Lunatic asylums in Bengal annual reports 1912-1924 - 1912-1924
Year: 1912
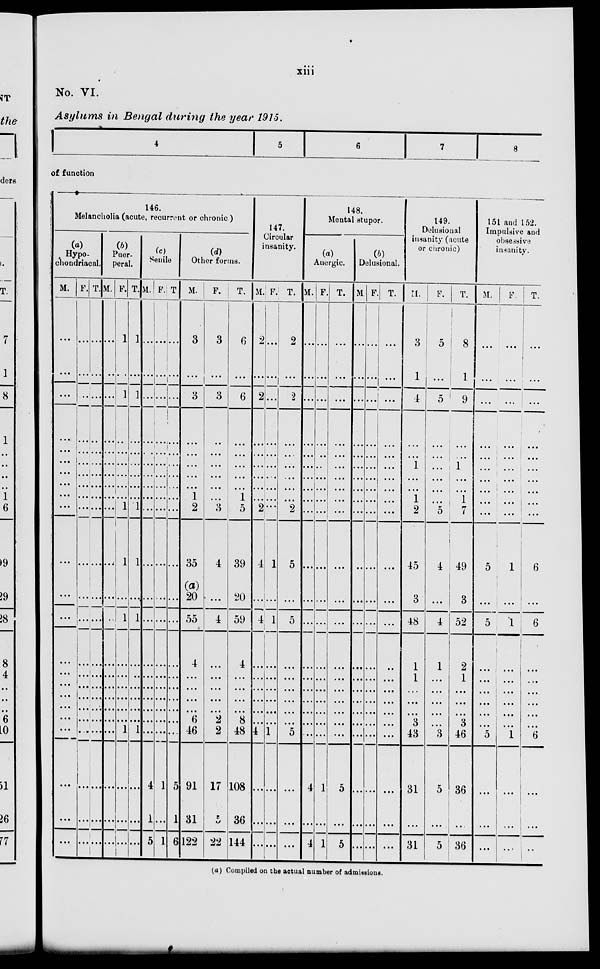
xiii
No. VI.
Asylums in Bengal during the year 1915.
4
5
6
7
8
of function
146.
Melancholia (acute, recurrent or chronic )
(a)
Hypo-
chondriacal.
M.
...
...
...
...
...
...
...
...
...
...
...
...
...
...
...
...
...
...
...
...
...
...
...
F.
...
...
...
...
...
...
...
...
...
...
...
...
...
...
...
...
...
...
...
...
...
...
...
T.
...
...
...
...
...
...
...
...
...
...
...
...
...
...
...
...
...
...
...
...
...
...
...
(b)
Puer-
peral.
M.
...
...
...
...
...
...
...
...
...
...
...
...
...
...
...
...
...
...
...
...
...
...
...
F.
1
...
1
...
...
...
...
...
...
1
1
...
1
...
...
...
...
...
...
1
...
...
...
T.
1
...
1
...
...
...
...
...
...
1
1
...
1
...
...
...
...
...
...
1
...
...
...
(c)
Senile
M.
...
...
...
...
...
...
...
...
...
...
...
...
...
...
...
...
...
...
...
...
4
1
5
F.
...
...
...
...
...
...
...
...
...
...
...
...
...
...
...
...
...
...
...
...
1
...
1
T
...
...
...
...
...
...
...
...
...
...
...
...
...
...
...
...
...
...
...
5
1
6
(d)
Other forms.
M.
3
...
3
...
...
...
...
...
1
2
35
(a)
20
55
4
...
...
...
...
6
46
91
31
122
F.
3
...
3
...
...
...
...
...
...
3
4
...
4
...
...
...
...
...
2
2
17
5
22
T.
6
...
6
...
...
...
...
...
1
5
39
20
59
4
...
...
...
...
8
48
108
36
144
147.
Circular
insanity.
M.
2
...
2
...
...
...
...
...
...
2
4
...
4
...
...
...
...
...
...
4
...
...
...
F.
...
...
...
...
...
...
...
...
...
...
1
...
1
...
...
...
...
...
...
1
...
...
...
T.
2
...
2
...
...
...
...
...
...
2
5
...
5
...
...
...
...
...
...
5
...
...
...
148.
Mental stupor.
(a)
Anergic.
M.
...
...
...
...
...
...
...
...
...
...
...
...
...
...
...
...
...
...
...
...
4
...
4
F.
...
...
...
...
...
...
...
...
...
...
...
...
...
...
...
...
...
...
...
...
1
...
1
T.
...
...
...
...
...
...
...
...
...
...
...
...
...
...
...
...
...
...
...
...
5
...
5
(b)
Delusional.
M
...
...
...
...
...
...
...
...
...
...
...
...
...
...
...
...
...
...
...
...
...
...
...
F.
...
...
...
...
...
...
...
...
...
...
...
...
...
...
...
...
...
...
...
...
...
...
...
T.
...
...
...
...
...
...
...
...
...
...
...
...
...
...
...
...
...
...
...
...
...
...
...
149.
Delusional
insanity (acute
or chronic)
M.
3
1
4
...
...
1
...
...
1
2
45
3
48
1
1
...
...
...
3
43
31
...
31
F.
5
...
5
...
...
...
...
...
...
5
4
...
4
1
...
...
...
...
...
3
5
...
5
T.
8
1
9
...
...
1
...
...
1
7
49
3
52
2
1
...
...
...
3
46
36
...
36
151 and 152.
Impulsive and
obsessive
insanity.
M.
...
...
...
...
...
...
...
...
...
...
5
...
5
...
...
...
...
...
...
5
...
...
...
F.
...
...
...
...
...
...
...
...
...
...
1
...
1
...
...
...
...
...
...
1
...
...
...
T.
...
...
...
...
...
...
...
...
...
...
6
...
6
...
...
...
...
...
...
...
...
...
...
(a) Compiled on the actual number of admissions.